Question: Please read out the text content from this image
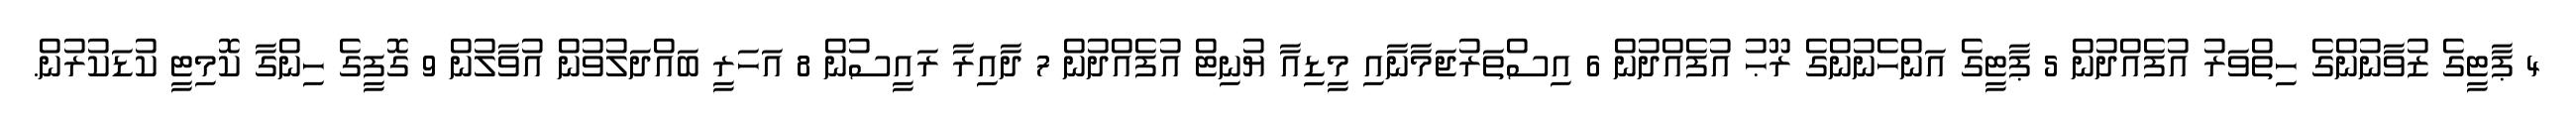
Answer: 4 ޕާޓީގެ ޒުވާނުންގެ ހިތްވަރު އުފެއްދުން 5 ޕާޓީގެ އަންހެނުންގެ ރޫޙު އުފެއްދުން 6 އިސްތަރުޖަމާނާއި މީޑިއާ ޔުނިޓް އުފެއްދުން 7 ދާއިރާ ރައީސުން 8 އަހަރީ ބައްދަލުވުން އުވާލުން 9 ގޮފީގެ ހިންގާ ކޮމިޓީ ކުޑަކުރުން.